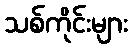
သစ်ကိုင်းများ